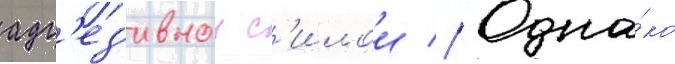
адг'ез'ивнои с'илои // Одна́ко